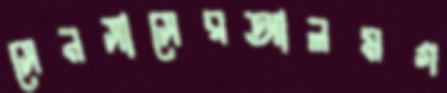
সেনসাসেরআলমগ